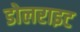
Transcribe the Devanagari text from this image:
डोलराइट